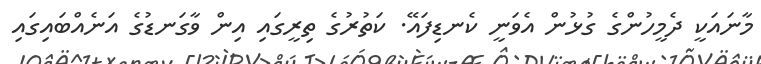
މާނައަކީ ދެމީހުންގެ ގުޅުން އެވަނީ ކެނޑިފައޭ. ކަތުރުގެ ތިރީގައި އިން ވާގަނޑުގެ އަނެއްބައިގައި